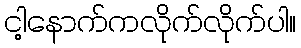
ငါ့နောက်ကလိုက်လိုက်ပါ။